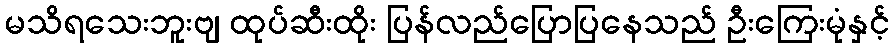
မသိရသေးဘူးဗျ ထုပ်ဆီးထိုး ပြန်လည်ပြောပြနေသည် ဦးကြေးမုံနှင့်